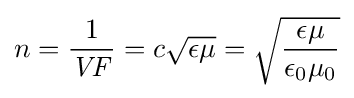
n={1 \over {\mathit {VF}}}=c{\sqrt {\epsilon \mu }}={\sqrt {\epsilon \mu  \over \epsilon _{\text{0}}\mu _{\text{0}}}}